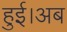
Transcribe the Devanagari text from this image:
हुई।अब